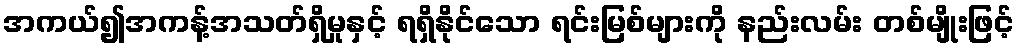
အကယ်၍အကန့်အသတ်ရှိမှုနှင့် ရရှိနိုင်သော ရင်းမြစ်များကို နည်းလမ်း တစ်မျိုးဖြင့်